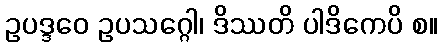
ဥပဒ္ဒဝေ ဥပသဂ္ဂေါ၊ ဒိဿတိ ပါဒိကေပိ စ။